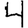
Digit: 4